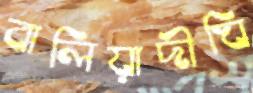
বালিয়াদীঘি